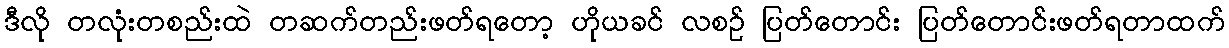
ဒီလို တလုံးတစည်းထဲ တဆက်တည်းဖတ်ရတော့ ဟိုယခင် လစဉ် ပြတ်တောင်း ပြတ်တောင်းဖတ်ရတာထက်